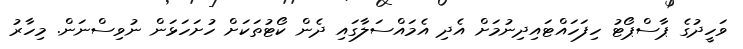
ވަހީދުގެ ޕާސްޕޯޓު ހިފަހައްޓައިދިނުމަށް އެދި އެމައްސަލާގައި ދެން ކޯޓުތަކަށް ހުށަހަަޅަން ނުވިސްނަން. މިހާރު